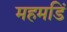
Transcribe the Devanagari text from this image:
महमडिं